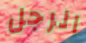
الرجل